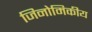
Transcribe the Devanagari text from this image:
जिनोमिकीय